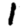
Digit: 1